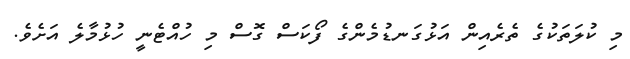
މި ކުލަތަކުގެ ތެރެއިން އަޅުގަނޑުމެންގެ ފޯކަސް ގޮސް މި ހުއްޓެނީ ހުޅުމާލެ އަށެވެ.